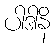
ပါဒါနိ